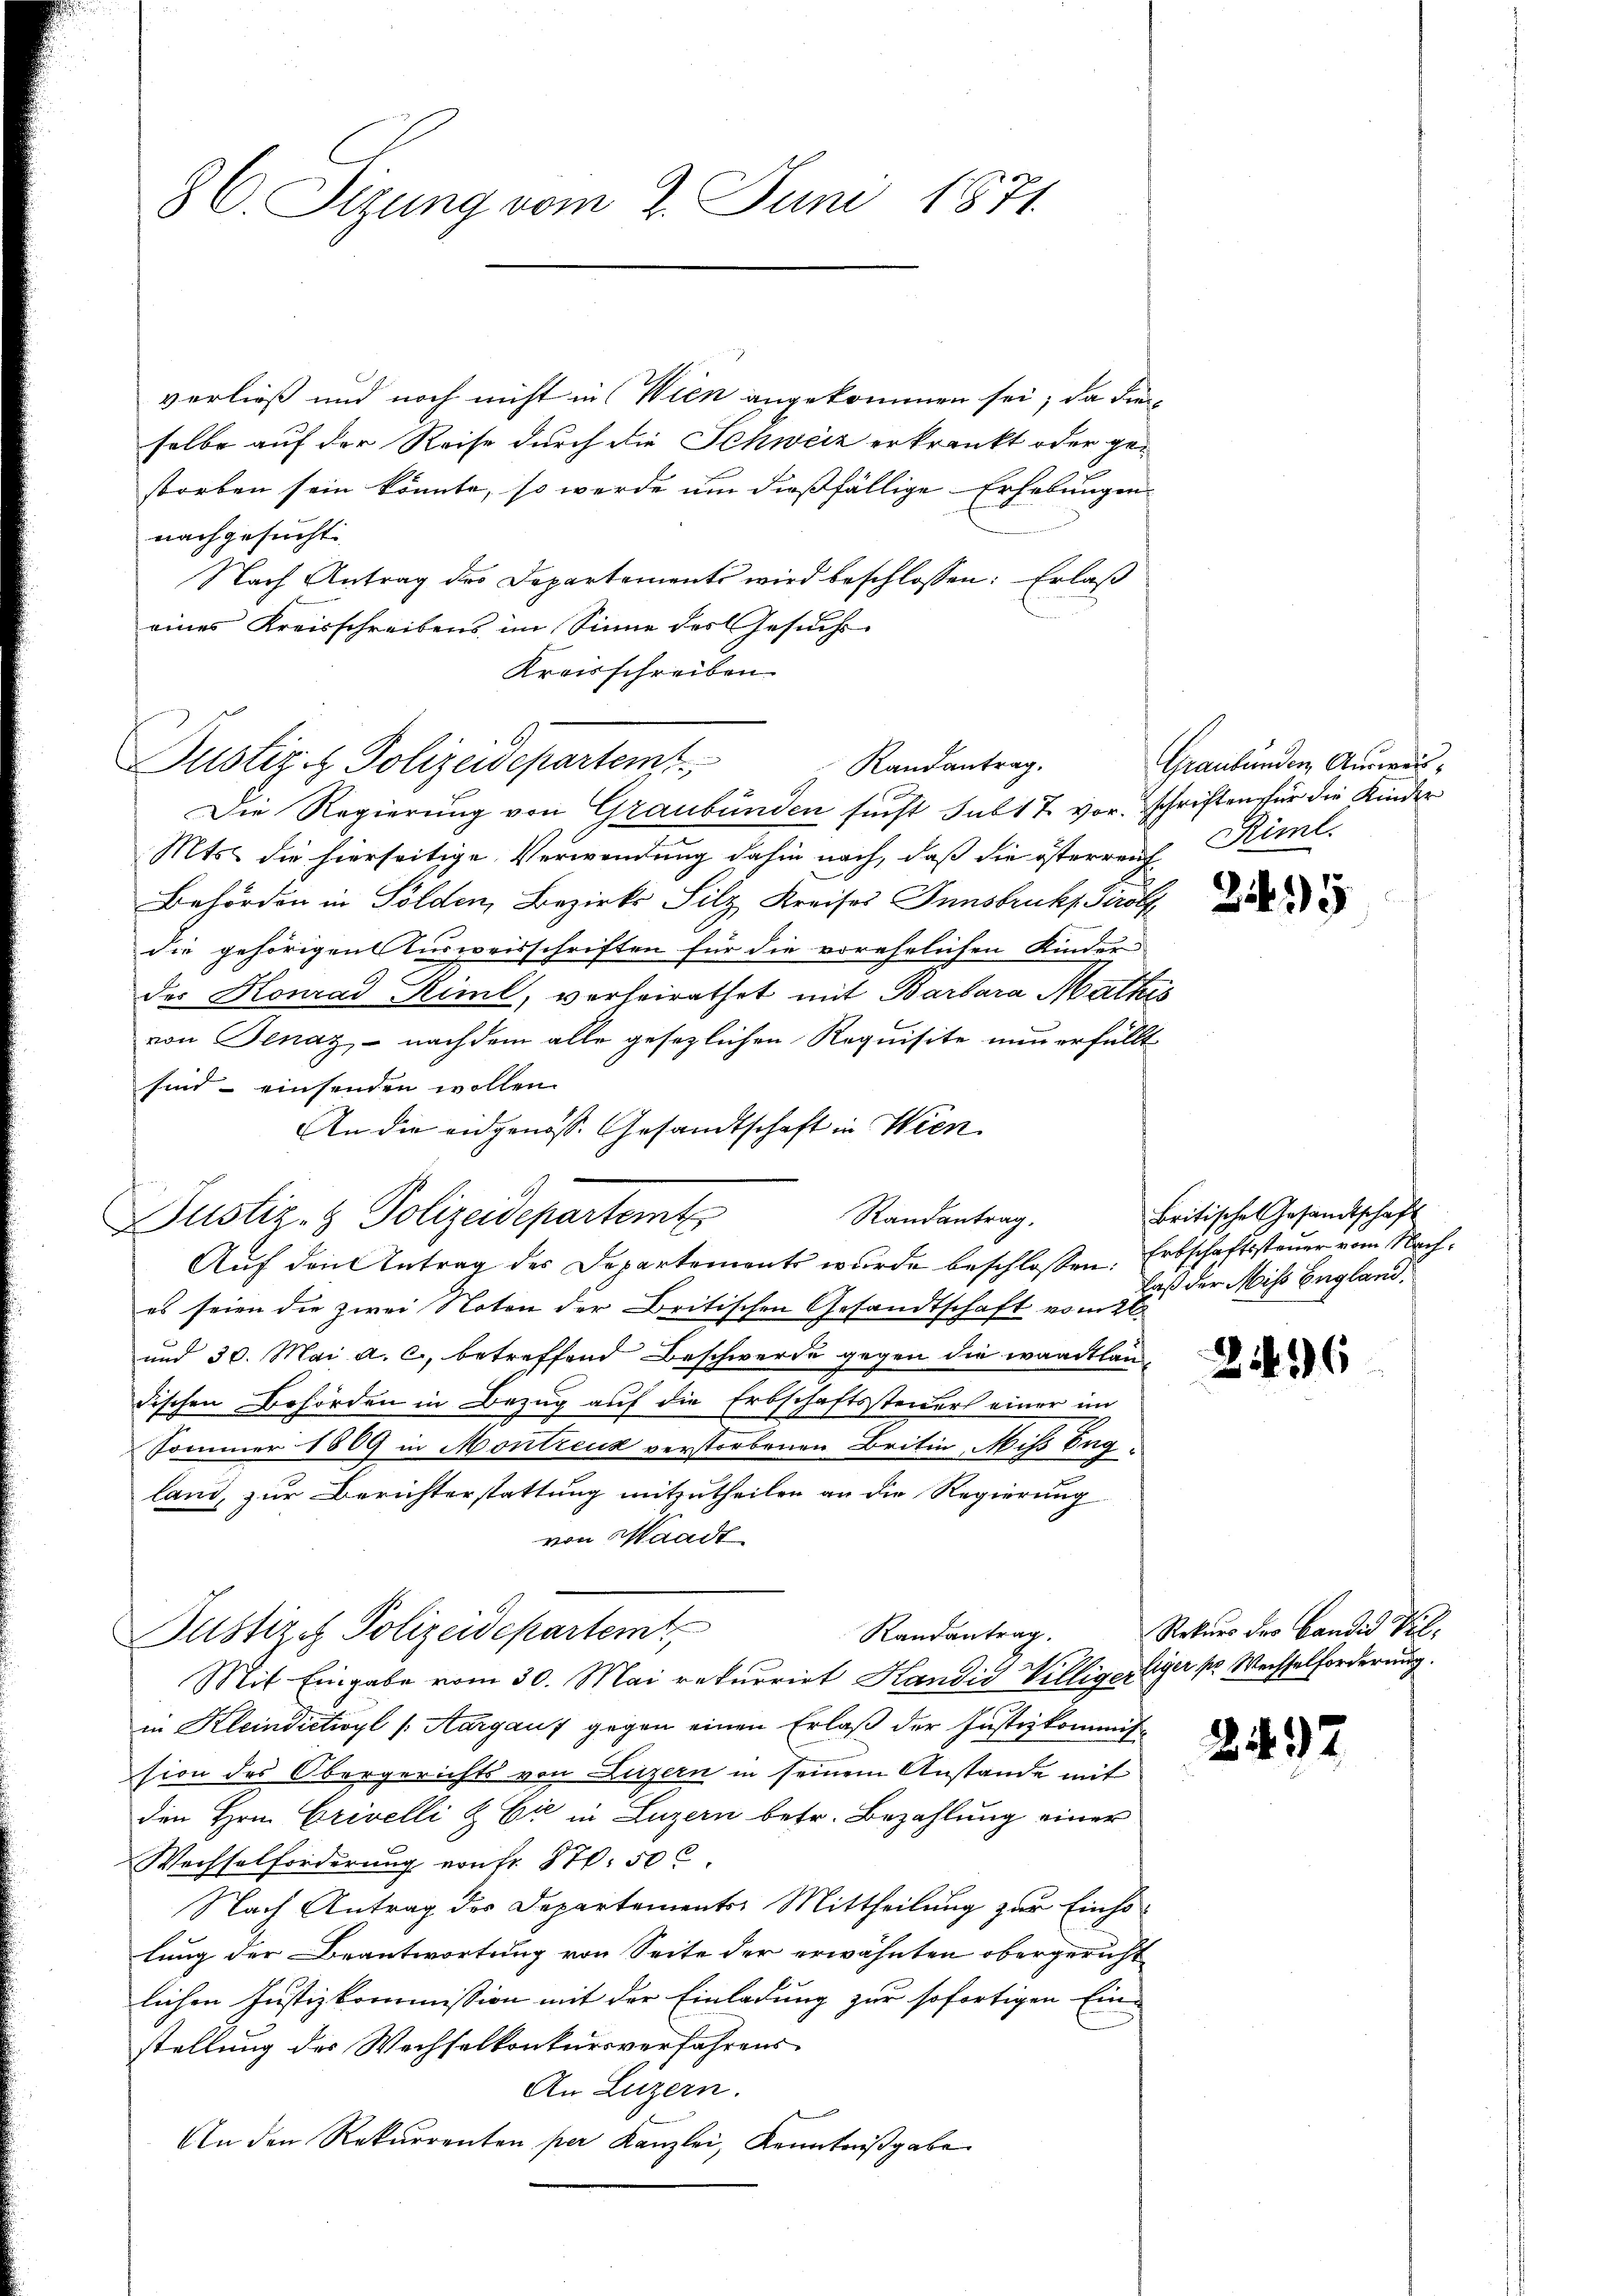
86. Sigung vom 2. Juni 1871.

verließ und noch nicht in Wien angekommen sei; da dies
selbe auf der Reise durch die Schweiz erkrankt oder gestorben sein könnte, so werde um dießfällige Erhebungen
nachgesucht.
Nach Antrag des Departements wird beschlossen: Erlaß
eines Kreisschreibens im Sinne des Gesuchs¬
Kreisschreiben
Randantrag.
Die Regierung von Graubünden sucht sub 1 7 vor. Schriften für die Kinder
Mts. die hierseitige Verwendung dahin nach, daß die österrent Riml.
Behörden in Sölden, Bezirks Silz, Kreises Innsbrucks Pöls
die gehörigen Ausweisschriften für die vorehelichen Kinder-
2
des Honrad Riml, verheirathet mit Barbara Mathes
von Jenaz, - nachdem alle gesezlichen Requisite nun erfüllt
sind einsenden wollen.
An die eidgenosse Gesandtschaft in Wien.
Randantrag.
Justiz- & Polizeidepartemt
Auf den Antrag des Departements wurde beschlossen, Erbschaftssteuer vom Naches seien die zwei Noten der Britischen Gesandtschaft vom 26
und 30. Mai a. c., betreffend Beschwerde gegen die waadtlandischen Behörden in Bezug auf die Erbschaftssteuer einer im
Sommer 1869 in Montreux verstorbenen Britin, Miss England, zur Berichterstattung mitzutheilen an die Regierung
von Waadt
Justiz & Polizeidepartemt,
Randantrag.
Mit Eingabe vom 30. Mai rekurrirt Handid Villigerliger pr. Wechselforderung.
in Kleindictioyl /: Aargauf gegen einen Erlaß der Justizkommission des Obergerichts von Luzern in seinem Anstande mit
den Hrn. Crivelli & Er in Luzern betr. Bezahlung einer
Wechselforderung von Fr. 870.50 c.
Nach Antrag des Departementer Mittheilung zur Einholung der Beantwortung von Seite der erwähnten obergericht
lichen Justizkommission mit der Einladung zur sofortigen Einstellung des Wechselkonkursverfahrens
An Luzern.
An den Rekurrenten per Kanzlei, Kenntniβgabe

Justiz & Polizeidepartemt

Graubünden, Ausweis¬

25

Britische Gesandtschaft
laß der Miss England.

246

Rekurs der Candid Vil¬

247